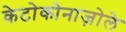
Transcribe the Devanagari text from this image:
केटोकोनाज़ोले